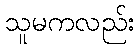
သူမကလည်း